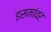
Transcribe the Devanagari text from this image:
इसमांवर